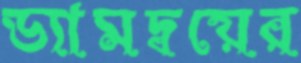
ড্যামদ্বয়ের